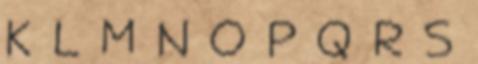
K L M N O P Q R S